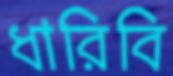
ধারিবি